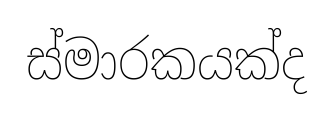
ස්මාරකයක්ද